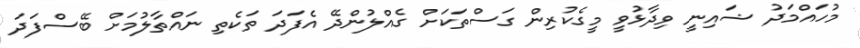
މުހައްމަދު ޝައިނީ ވިދާޅުވީ މީގެކުރިން ގަސްތަކަށް ގެއްލުންދޭ އެފަދަ ތަކެތި ނައްތާލުމަށް ބޭސްފަދަ